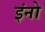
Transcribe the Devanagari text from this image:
इंनो